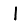
Digit: 1